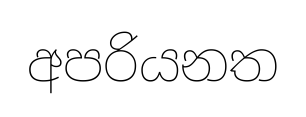
අපරියනත